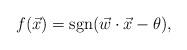
LaTeX: \begin{align*}f(\vec{x}) = \operatorname{sgn}(\vec{w} \cdot \vec{x} - \theta), \end{align*}